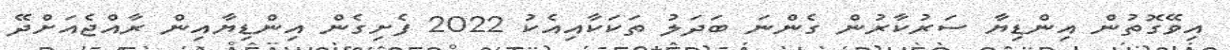
އިވޭގޮތުން އިންޑިޔާ ސަރުކާރުން ގެންނަ ބަދަލު ތަކަކާއިއެކު 2022 ފެށިގެން އިންޑިޔާއިން ރާއްޖެއަށްދޭ